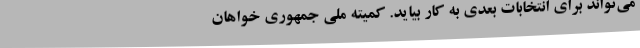
می‌تواند برای انتخابات بعدی به کار بیاید. کمیته ملی جمهوری خواهان